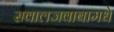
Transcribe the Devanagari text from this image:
सवालजवाबामधे